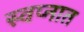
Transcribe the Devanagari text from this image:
स्‍वप्‍नात